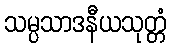
သမ္ပသာဒနီယသုတ္တံ